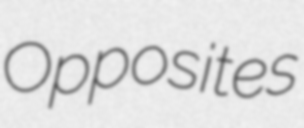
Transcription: Opposites